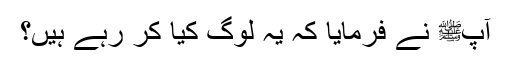
آپﷺ نے فرمایا کہ یہ لوگ کیا کر رہے ہیں؟